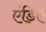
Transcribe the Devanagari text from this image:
एंड्रिए